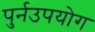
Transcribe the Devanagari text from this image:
पुर्नउपयोग